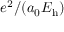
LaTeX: e ^ { 2 } / ( a _ { 0 } E _ { \mathrm { h } } )